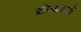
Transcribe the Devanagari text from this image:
प्रतिस्थापनाओं